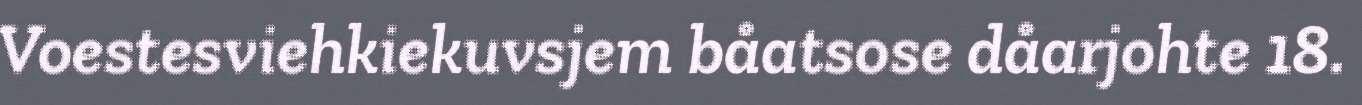
Voestesviehkiekuvsjem båatsose dåarjohte 18.